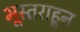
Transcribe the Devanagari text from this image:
भूस्तराहून